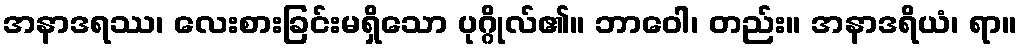
အနာဒရဿ၊ လေးစားခြင်းမရှိသော ပုဂ္ဂိုလ်၏။ ဘာဝေါ၊ တည်း။ အနာဒရိယံ၊ ရာ။